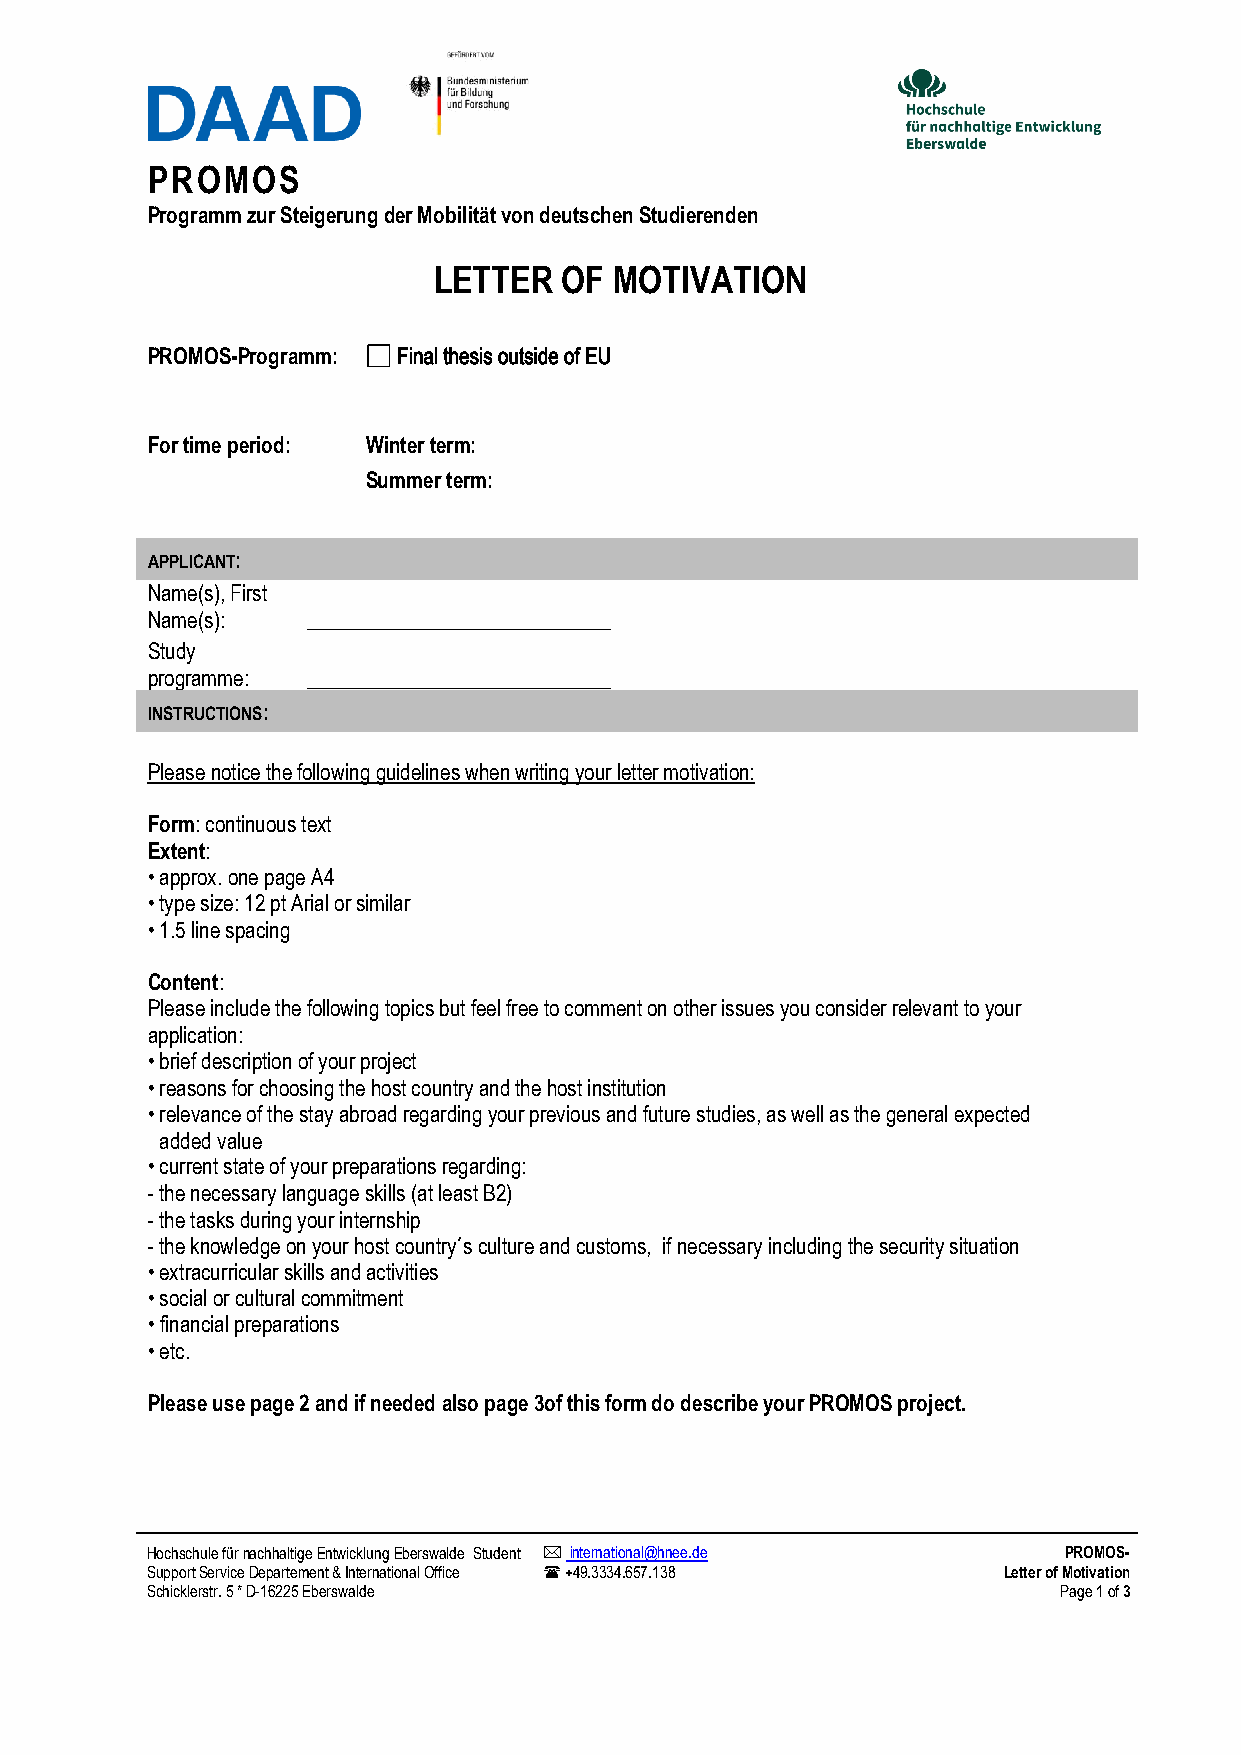
PROMOS
 Programm zur Steigerung der Mobilität von deutschen Studierenden
 LETTER  OF  MOTIVATION
 PROMOS-Programm: Final thesis outside of EU
 For time period: Winter term:
 Summer term:
 APPLICANT:
 Name(s), First
 Name(s):  _____________________________
 Study
 programme: _____________________________
 INSTRUCTIONS:
 Please notice the following guidelines when writing your letter motivation:
 Form: continuous text
 Extent:
 •approx. one page A4
 •type size: 12 pt Arial or similar
 •1.5 line spacing
 Content:
 Please include the following topics but feel free to comment on other issues you consider relevant to your
 application:
 •brief description of your project
 •reasons for choosing the host country and the host institution
 •relevance of the stay abroad regarding your previous and future studies, as well as the general expected
 added value
 •current state of your preparations regarding:
 -the necessary language skills (at least B2)
 -the tasks during your internship
 -the knowledge on your host country´s culture and customs, if necessary including the security situation
 •extracurricular skills and activities
 •social or cultural commitment
 •financial preparations
 •etc.
 Please use page 2 and if needed also page 3of this form do describe your PROMOS project.
 Hochschule für nachhaltige Entwicklung Eberswalde Student  international@hnee.de PROMOS-
 Support Service Departement & International Office  +49.3334.657.138 Letter of Motivation
 Schicklerstr. 5 * D-16225 Eberswalde                        Page 1 of 3